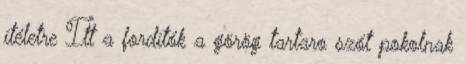
ítéletre Itt a fordítók a görög tartaro szót pokolnak